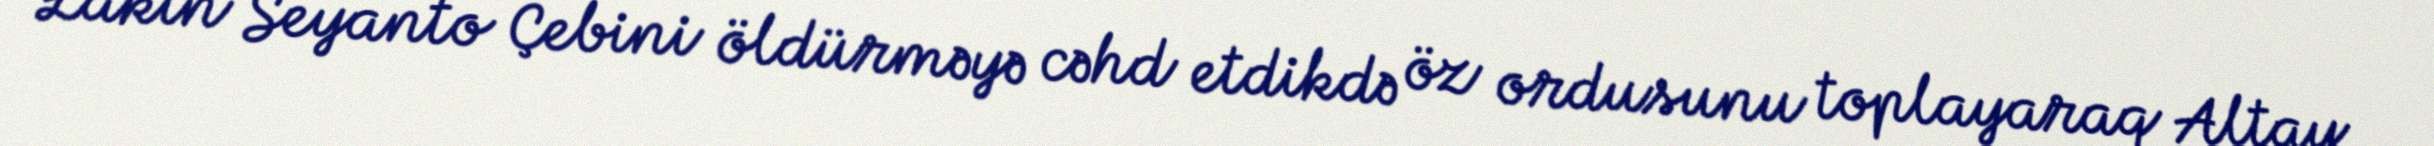
Lakin Seyanto Çebini öldürməyə cəhd etdikdə öz ordusunu toplayaraq Altay